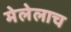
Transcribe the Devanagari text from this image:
मेलेलाच